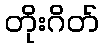
တိုးဂိတ်